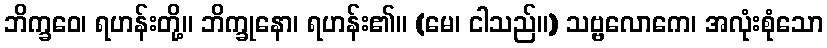
ဘိက္ခဝေ၊ ရဟန်းတို့။ ဘိက္ခုနော၊ ရဟန်း၏။ (မေ၊ ငါသည်။) သဗ္ဗလောကေ၊ အလုံးစုံသော